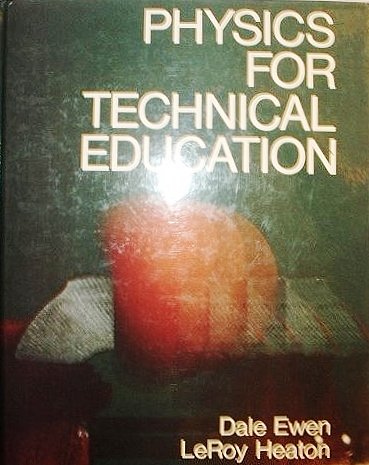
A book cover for Physics for Technical Education; Dale Ewen; Science & Math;